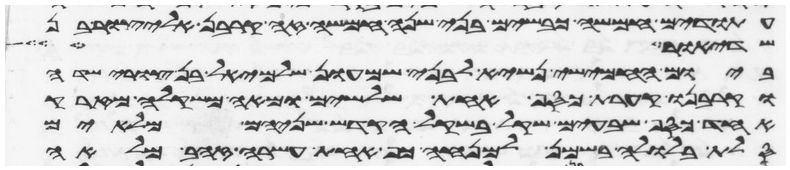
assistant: עתודים חמשה כבשים בני שנה חמשה זה קרבן אליצור בן
שדיאור
ביום החמישי נשיא לבני שמעון שלמיאל בן צורישדי
וקרבנו קערת כסף אחת שלשים ומאה משקלה מזרק
אחד כסף שבעים שקל בשקל הקדש שניהם מלאים
סלת בלולה בשמן למנחה כף אחת עשרה זהב מלאה